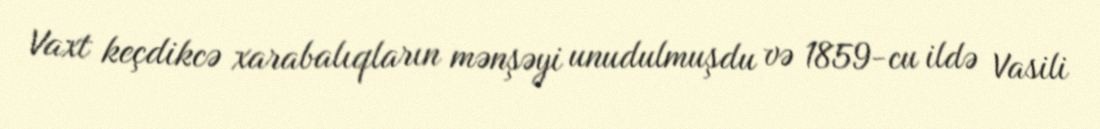
Vaxt keçdikcə xarabalıqların mənşəyi unudulmuşdu və 1859-cu ildə Vasili